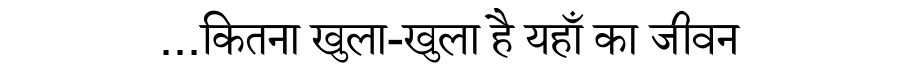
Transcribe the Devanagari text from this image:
...कितना खुला-खुला है यहाँ का जीवन